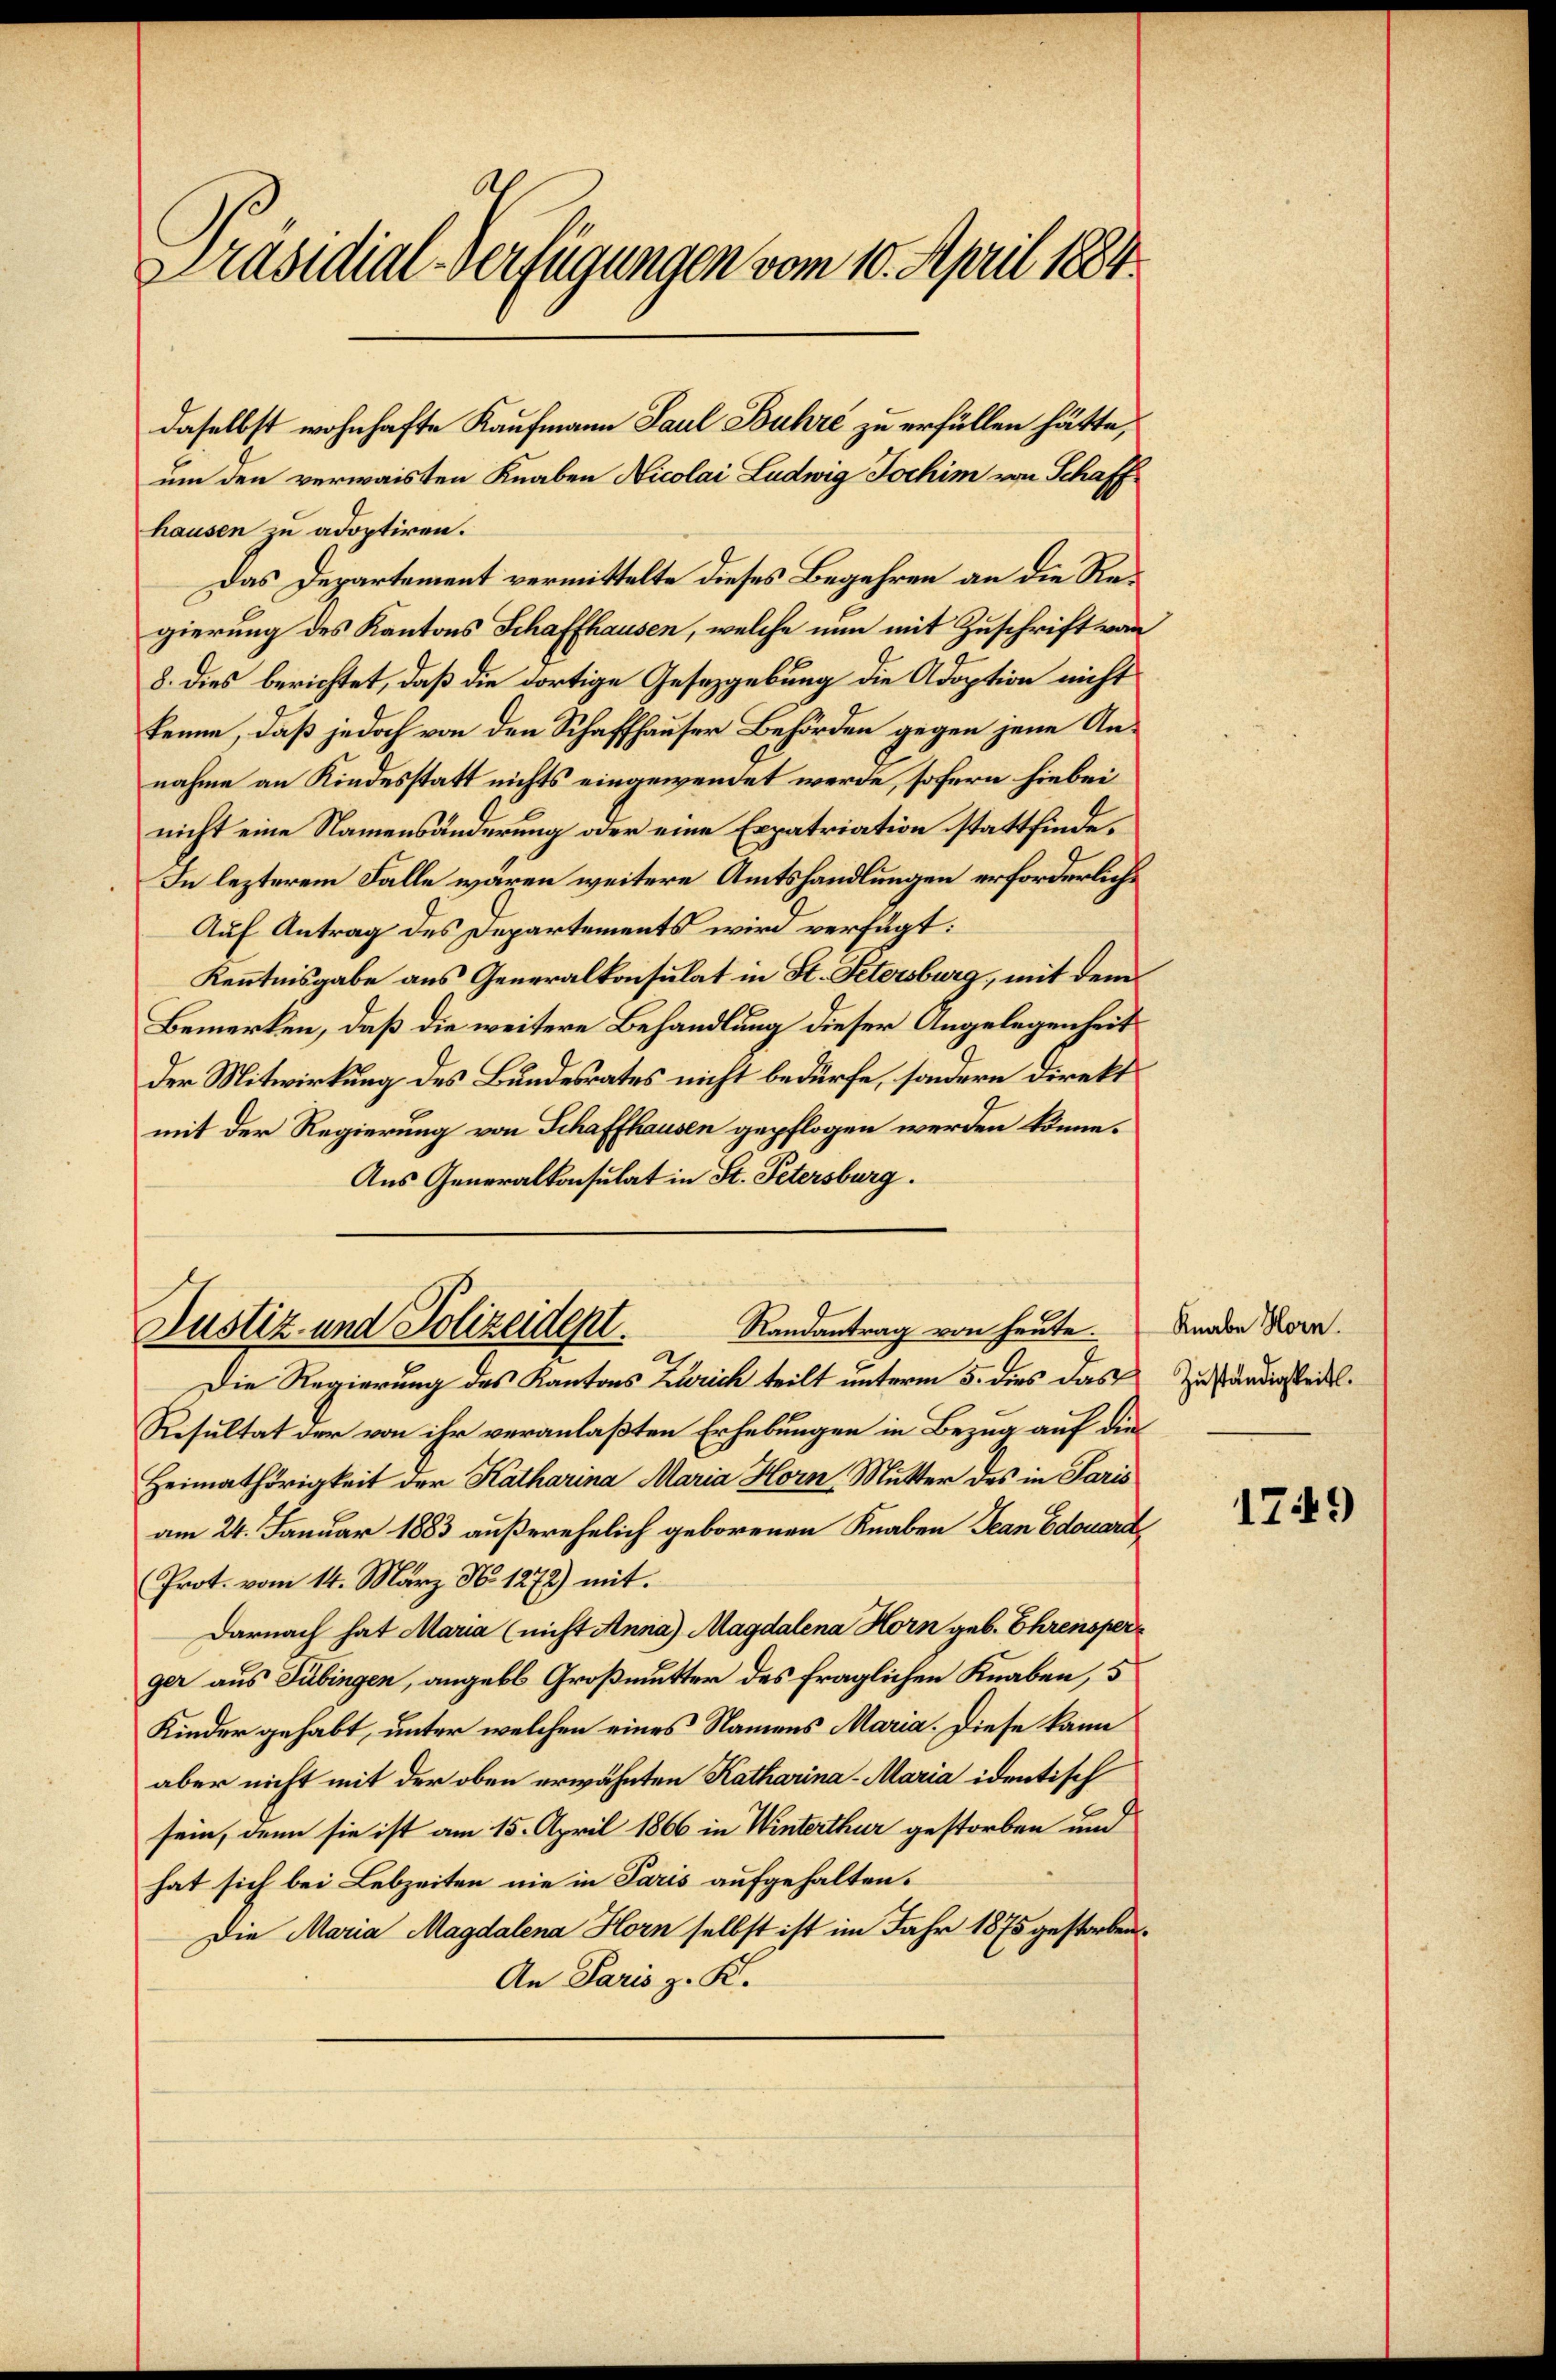
Präsidial-Verfügungen vom 10. April 1884.

daselbst wohnhafte Kaufmann Paul Buhre zu erfüllen hätte,
um den verwaisten Knaben Nicolai Ludwig Jochim von Schaffhausen zu adoptiren.
Das Departement vermittelte dieses Begehren an die Regierung des Kantons Schaffhausen, welche nun mit Zuschrift von
8. dies berichtet, daß die dortige Gesetzgebung die Adoption nicht
kenne, daß jedoch von den Schaffhauser Behörden gegen jene Annahme an Kindesstatt nichts eingewendet werde, sofern hiebei
nicht eine Namensänderung oder eine Erpatriation stattfinde¬
In lezterem Falle wären weitere Amtshandlungen erforderliche
Auf Antrag des Departements wird verfügt:
Kenntnisgabe aus Generalkonsulat in St. Petersburg, mit dem
Bemerken, daß die weitere Behandlung dieser Angelegenheit
Der Mitwirkung des Bundesrates nicht bedürfe, sondern direkt
mit der Regierung von Schaffhausen gepflogen werden könne.
Aus Generalkonsulat in St. Petersburg.

Resultat der von ihr veranlaßten Erhebungen in Bezug auf die
Heimathörigkeit der Katharina Maria Horn, Mutter des in Paris
am 24. Januar 1883 außerehelich geborenen Knaben Jean Edouard
Prot. vom 14. März No 1272) mit
Darnach hat Maria (nicht Anna Magdalena Horn geb. Ehrensper
ger aus Tübingen, angebt Großmutter des fraglichen Knaben, 5
Kinder gehabt, unter welchen eines Namens Maria. Diese kann
aber nicht mit der oben erwähnten Katharina - Maria identisch
sein, denn sie ist am 15. April 1866 in Winterthur gestorben und
hat sich bei Lebzeiten nie in Paris aufgehalten.
Die Maria Magdalena Horn selbst ist im Jahr 1875 gestorben.
An Paris z. K.

Randantrag von heute.
Justiz- und Polizeidept.
a
Die Regierung des Kantons Zürich teilt unterm 5. dies das Zuständigsteill¬

Knabe Horn.

1749